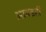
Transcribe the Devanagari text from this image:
आवडही